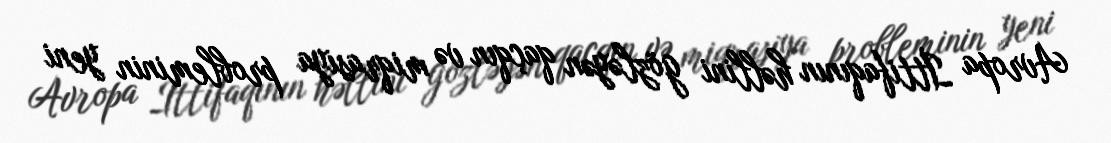
Avropa İttifaqının həllini gözləyən qaçqın və miqrasiya probleminin yeni